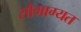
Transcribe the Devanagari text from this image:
सौभाग्यत